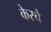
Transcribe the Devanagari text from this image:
केरचे